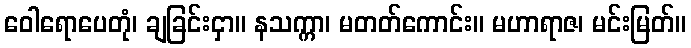
ဝေါရောပေတုံ၊ ချခြင်းငှာ။ နသက္ကာ၊ မတတ်ကောင်း။ မဟာရာဇ၊ မင်းမြတ်။